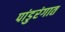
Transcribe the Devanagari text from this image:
पांडुरंगात